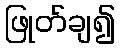
ဖြုတ်ချ၍